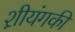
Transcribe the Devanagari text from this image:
श़ीयंगकी